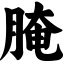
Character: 腌